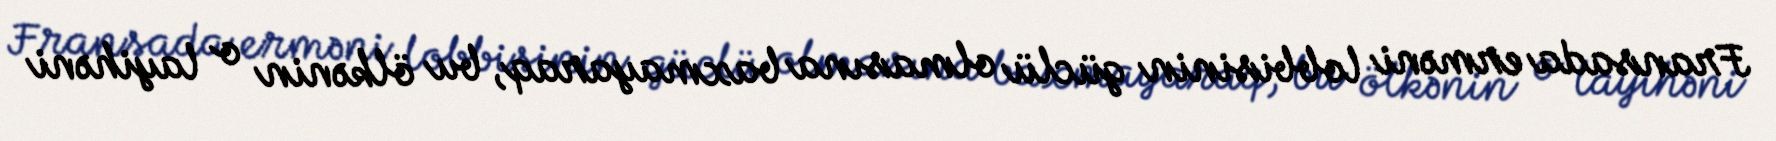
Fransada erməni lobbisinin güclü olmasına baxmayaraq, bu ölkənin o layihəni